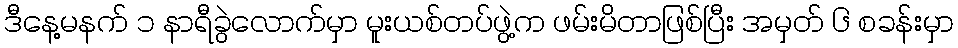
ဒီနေ့မနက် ၁ နာရီခွဲလောက်မှာ မူးယစ်တပ်ဖွဲ့က ဖမ်းမိတာဖြစ်ပြီး အမှတ် ၆ စခန်းမှာ